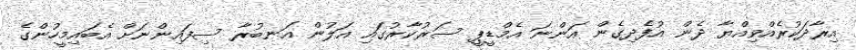
އިރާދަކުރެއްވިއްޔާ ދެން އުފެދިގެން އަންނަ އެމްޑީޕީ ސަރުކާރުގައި އަލުން އަނބުރާ ސިފައިންނަށް އެބައިމީހުންގެ